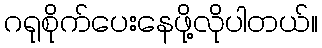
ဂရုစိုက်ပေးနေဖို့လိုပါတယ်။